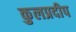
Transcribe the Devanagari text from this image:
कुलप्रदीप